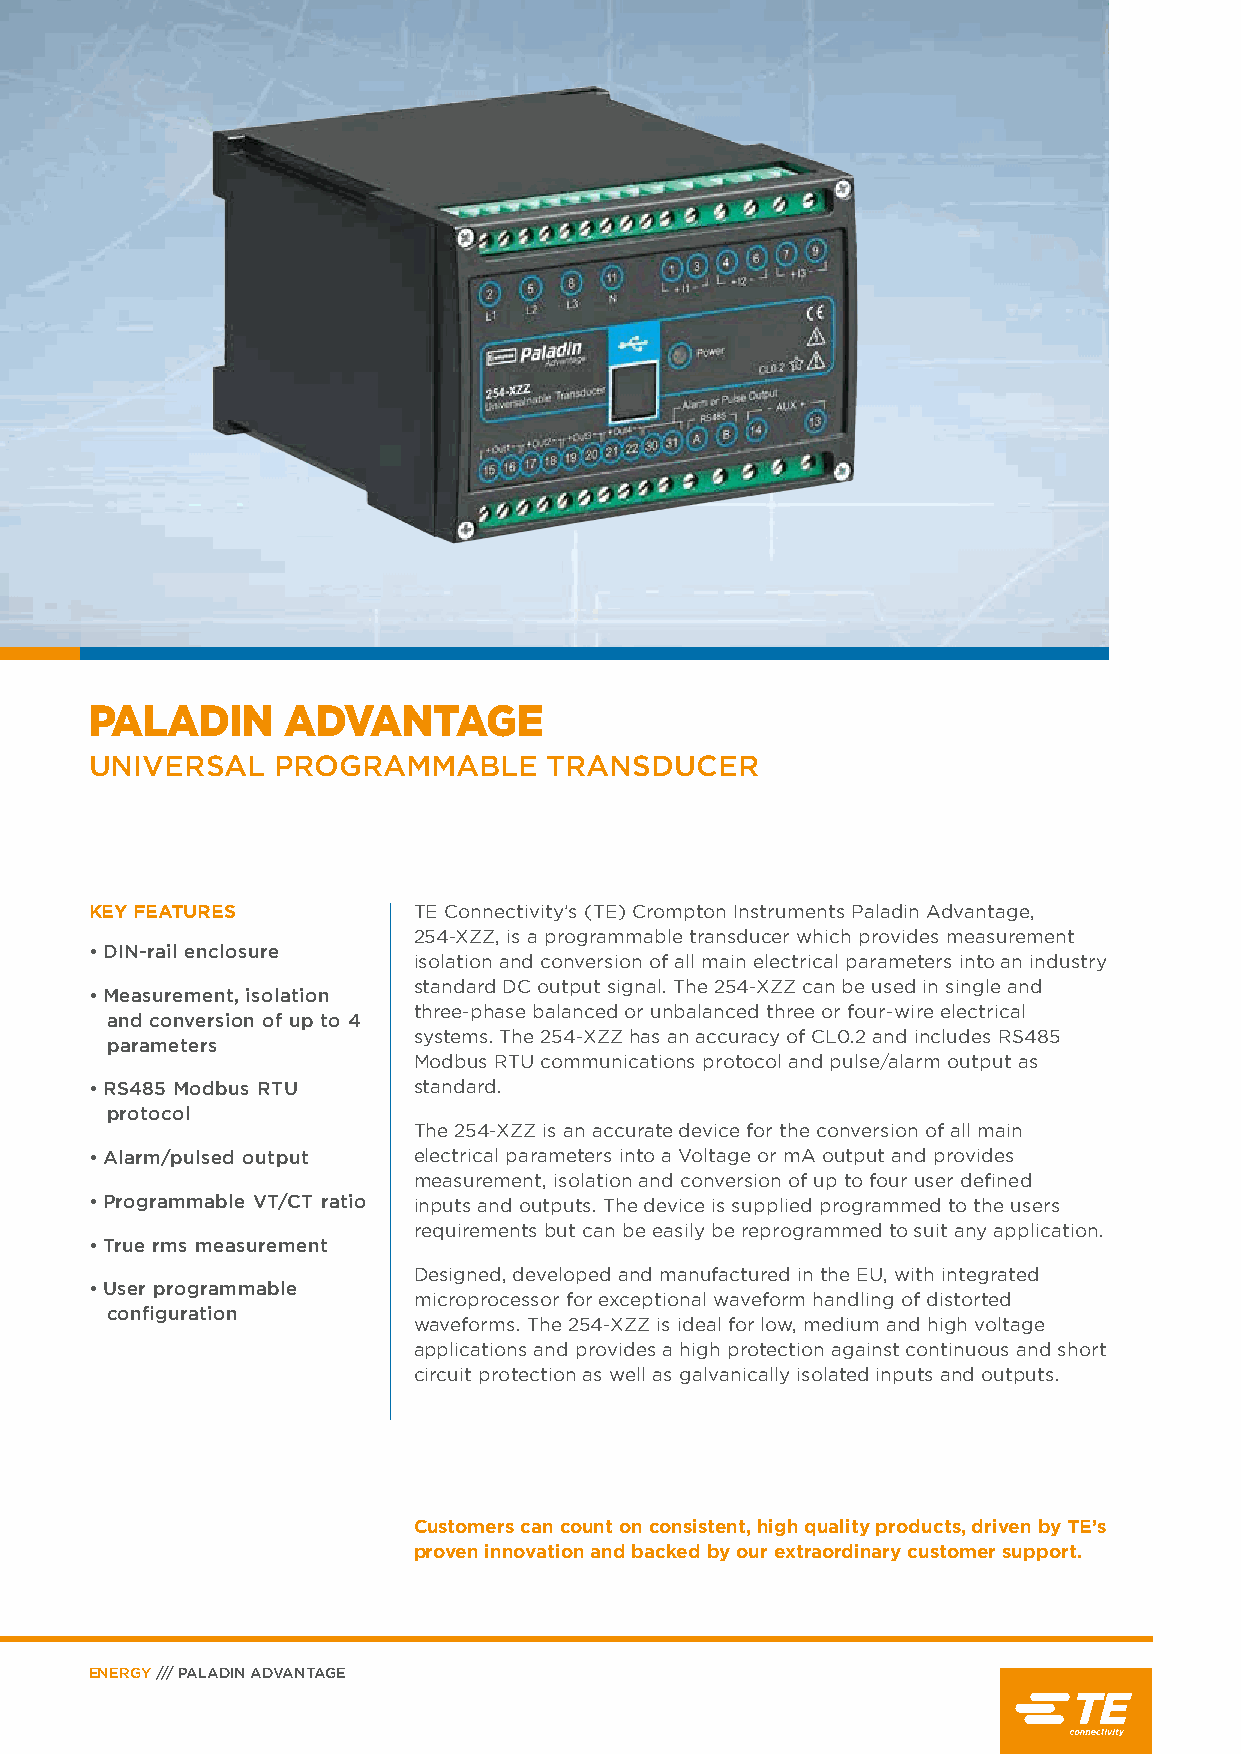
PALADIN      ADVANTAGE
 UNIVERSAL   PROGRAMMABLE      TRANSDUCER
 KEY FEATURES         TE Connectivity’s (TE) Crompton Instruments Paladin Advantage,
 254-XZZ, is a programmable transducer which provides measurement
 • DIN-rail enclosure
 isolation and conversion of all main electrical parameters into an industry
 standard DC output signal. The 254-XZZ can be used in single and
 • Measurement, isolation
 three-phase balanced or unbalanced three or four-wire electrical
 and conversion of up to 4
 systems. The 254-XZZ has an accuracy of CL0.2 and includes RS485
 parameters
 Modbus RTU communications protocol and pulse/alarm output as
 • RS485 Modbus RTU   standard.
 protocol
 The 254-XZZ is an accurate device for the conversion of all main
 • Alarm/pulsed output electrical parameters into a Voltage or mA output and provides
 measurement, isolation and conversion of up to four user defined
 • Programmable VT/CT ratio inputs and outputs. The device is supplied programmed to the users
 requirements but can be easily be reprogrammed to suit any application.
 • True rms measurement
 Designed, developed and manufactured in the EU, with integrated
 • User programmable
 microprocessor for exceptional waveform handling of distorted
 configuration
 waveforms. The 254-XZZ is ideal for low, medium and high voltage
 applications and provides a high protection against continuous and short
 circuit protection as well as galvanically isolated inputs and outputs.
 Customers can count on consistent, high quality products, driven by TE’s
 proven innovation and backed by our extraordinary customer support.
 ENERGY /// PALADIN ADVANTAGE